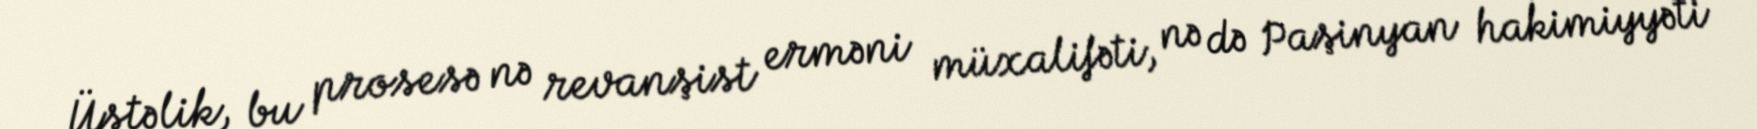
Üstəlik, bu prosesə nə revanşist erməni müxalifəti, nə də Paşinyan hakimiyyəti